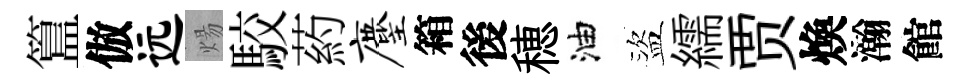
簋倣远煬駮葯麈箱後穂油盜繻贾煥瀚館